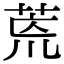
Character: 𮏞